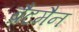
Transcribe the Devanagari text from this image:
ब्रैटमैन